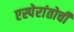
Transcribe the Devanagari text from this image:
एस्पेरांतोची